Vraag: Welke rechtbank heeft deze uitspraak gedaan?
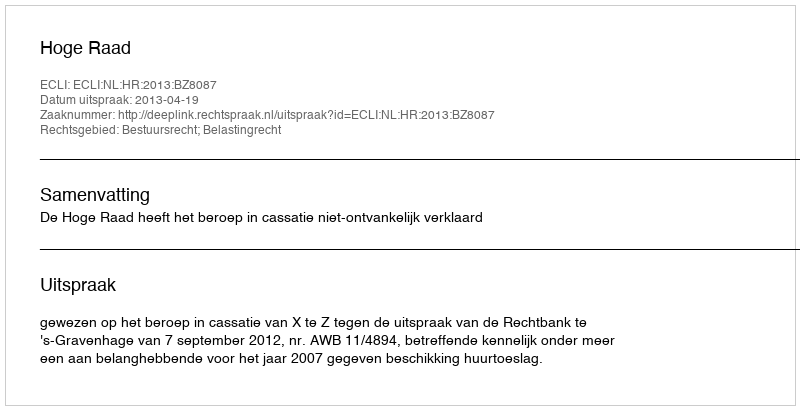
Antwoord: Hoge Raad